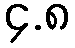
၄.၈